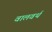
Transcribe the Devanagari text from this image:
वालवर्थ